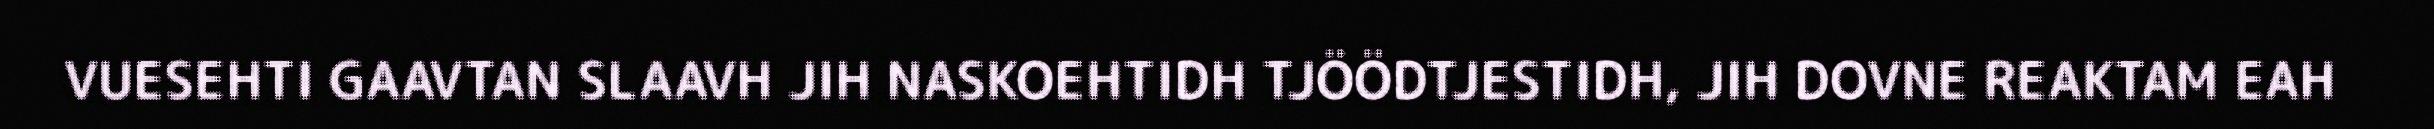
VUESEHTI GAAVTAN SLAAVH JIH NASKOEHTIDH TJÖÖDTJESTIDH, JIH DOVNE REAKTAM EAH